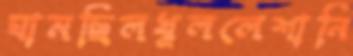
ঘামছিলখুললেশানি